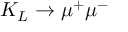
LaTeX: K _ { L } \to \mu ^ { + } \mu ^ { - }